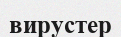
вирустер